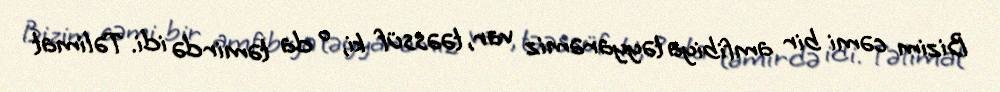
Bizim cəmi bir amfibiya təyyarəmiz var, təəssüf ki, o da təmirdə idi. Təlimat